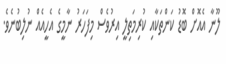
ލޫނާ އެއޮށް ބޮޑު ކަންތަކާއި ކުރިމަތިލީ އިރުވެސް މިފަހަރު ނާމީގެ އެހީއެއް ނުލިބުނެވެ.